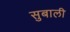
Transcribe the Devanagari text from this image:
सुबाली